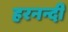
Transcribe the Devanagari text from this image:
हरनन्दी